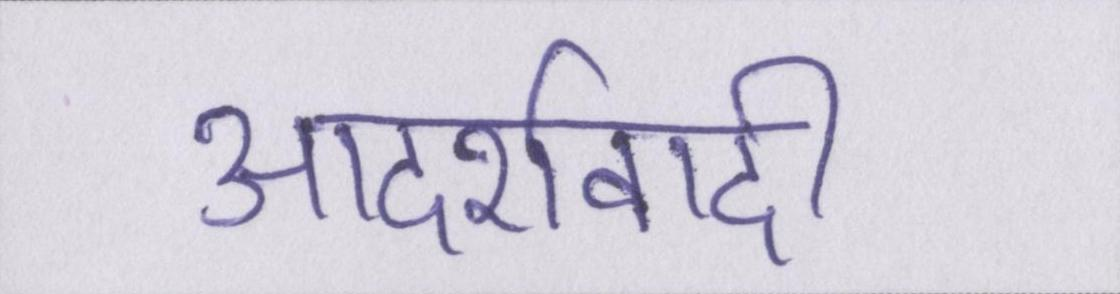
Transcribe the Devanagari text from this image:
आदर्शवादी